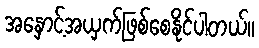
အနှောင့်အယှက်ဖြစ်စေနိုင်ပါတယ်။